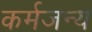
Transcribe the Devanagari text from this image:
कर्मजन्य